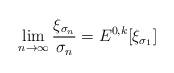
LaTeX: \begin{align*}\lim_{n\to\infty} \frac {\xi_{\sigma_n}}{\sigma_n} =E^{0,k}[\xi_{\sigma_1}]\end{align*}